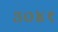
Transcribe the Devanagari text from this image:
३०४१